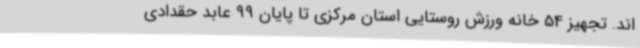
اند. تجهیز 54 خانه ورزش روستایی استان مرکزی تا پایان 99 عابد حقدادی